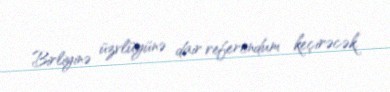
Birliyinə üzvlüyünə dair referendum keçirəcək.